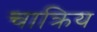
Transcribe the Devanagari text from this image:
चाक्रिय